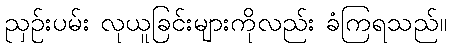
ညှဉ်းပမ်း လုယူခြင်းများကိုလည်း ခံကြရသည်။